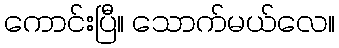
ကောင်းပြီ။ သောက်မယ်လေ။